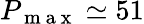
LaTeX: P_{\mathrm{~m~a~x~}}\simeq 51